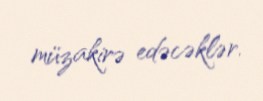
müzakirə edəcəklər.